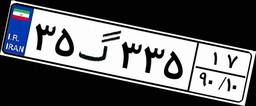
۷۴گ۶۲۶۴۸